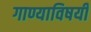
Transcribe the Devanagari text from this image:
गाण्याविषयी